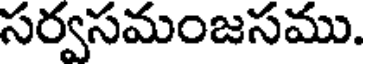
సర్వసమంజసము.